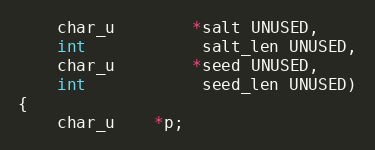
Language: C
    char_u	    *salt UNUSED,
    int		    salt_len UNUSED,
    char_u	    *seed UNUSED,
    int		    seed_len UNUSED)
{
    char_u	*p;